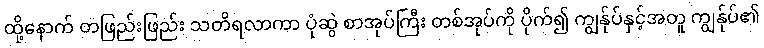
ထို့နောက် တဖြည်းဖြည်း သတိရလာကာ ပုံဆွဲ စာအုပ်ကြီး တစ်အုပ်ကို ပိုက်၍ ကျွန်ုပ်နှင့်အတူ ကျွန်ုပ်၏